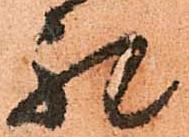
礼